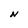
Character: N